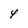
Character: 4